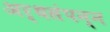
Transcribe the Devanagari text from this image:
अर्थसंपन्न